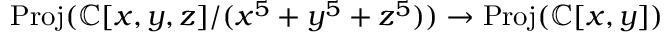
{ \mathrm { P r o j } } ( \mathbb { C } [ x , y , z ] / ( x ^ { 5 } + y ^ { 5 } + z ^ { 5 } ) ) \to { \mathrm { P r o j } } ( \mathbb { C } [ x , y ] )